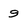
Character: 9